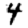
Digit: 4